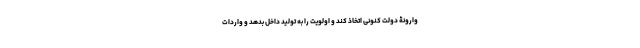
وارونۀ دولت کنونی اتخاذ کند و اولویت را به تولید داخل بدهد و واردات